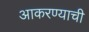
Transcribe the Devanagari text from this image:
आकरण्याची